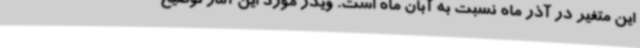
این متغیر در آذر ماه نسبت به آبان ماه است. ویدر مورد این آمار توضیح